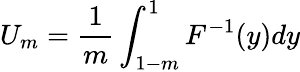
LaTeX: U_{m}=\frac{1}{m}\int_{1-m}^{1}F^{-1}(y)dy